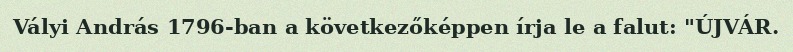
Vályi András 1796-ban a következőképpen írja le a falut: "ÚJVÁR.